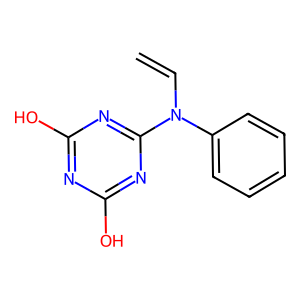
SMILES: C=CN(c1ccccc1)c1nc(O)nc(O)n1
Inhibits HIV replication: No